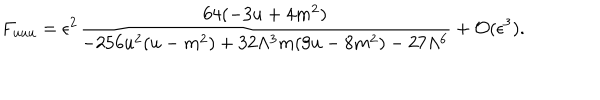
LaTeX: F _ { u u u } = { { \epsilon ^ { 2 } } } \frac { 6 4 ( - 3 u + 4 m ^ { 2 } ) } { - 2 5 6 u ^ { 2 } ( u - m ^ { 2 } ) + 3 2 \Lambda ^ { 3 } m ( 9 u - 8 m ^ { 2 } ) - 2 7 \Lambda ^ { 6 } } + { \cal O } ( \epsilon ^ { 3 } ) .